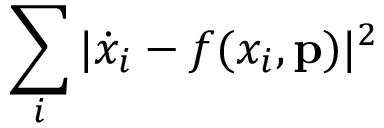
\sum _ { i } | \dot { x } _ { i } - f ( x _ { i } , \mathbf { p } ) | ^ { 2 }